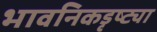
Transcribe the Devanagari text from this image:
भावनिकडृष्ट्या